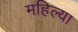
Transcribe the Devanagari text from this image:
महिल्या